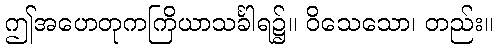
ဤအဟေတုကကြိယာသင်္ခါရ၌။ ဝိသေသော၊ တည်း။